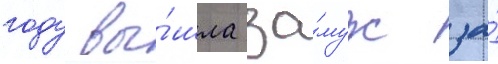
году вы́шла за́муж за́